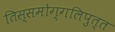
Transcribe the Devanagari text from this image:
तिस्समोग्गलिपुत्त